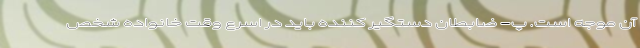
آن موجه است. پ- ضابطان دستگیر کننده باید در اسرع وقت خانواده شخص